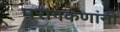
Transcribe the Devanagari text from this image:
परागकणांनी